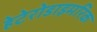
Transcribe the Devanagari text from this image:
हेटेरोडाइमरिक